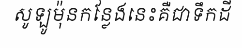
សូឡូម៉ុនកន្លែងនេះគឺជាទឹកដី